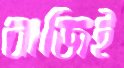
বাজিই